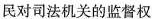
民对司法机关的监督权